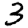
Digit: 3